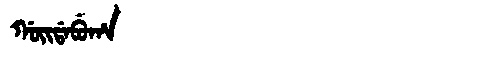
Manchu: ᡤᠣᡳᡩᠠᠪᡠᡥᠠ
Romanization: GOIDABUHA